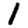
Digit: 1